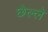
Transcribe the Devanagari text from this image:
छेल्ले